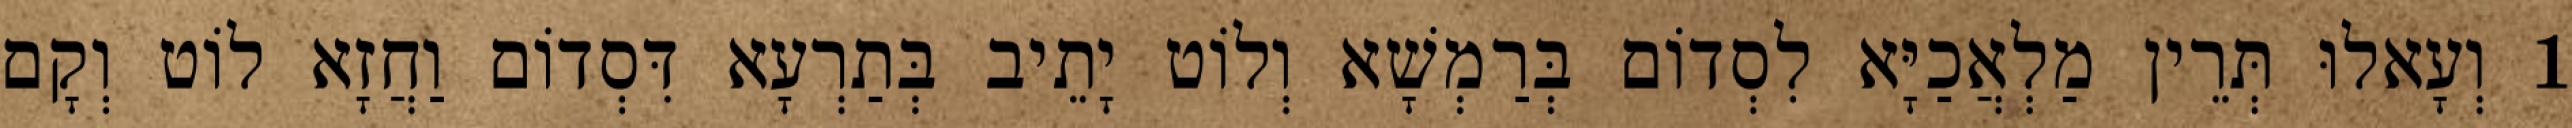
1 וְעָאלוּ תְּרֵין מַלְאֲכַיָּא לִסְדוֹם בְּרַמְשָׁא וְלוֹט יָתֵיב בְּתַרְעָא דִּסְדוֹם וַחֲזָא לוֹט וְקָם